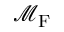
\mathcal { M } _ { \mathrm { F } }